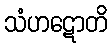
သံဟဋောတိ